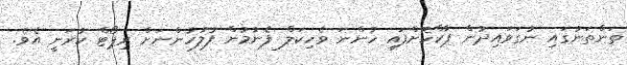
ތަންތަނުގައި ނުގަވައިދުން ޕާކްކޮށްފައި ހުންނަ ވެހިކަލް ފެނުމުން ފުލުހުންނަށް ރިޕޯޓް ކުރަނީ އެވެ.